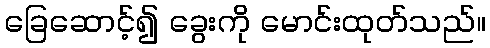
ခြေဆောင့်၍ ခွေးကို မောင်းထုတ်သည်။